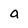
Character: a